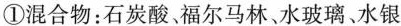
①混合物：石炭酸。福尔马林、水玻璃、水银